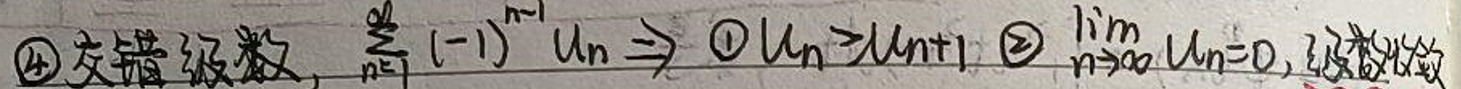
$\textcircled{4}$交错级数$,\sum\limits _{n = 1}^{\infty}(-1)^{n - 1}u_{n}\Rightarrow\textcircled{1}u_{n}>u_{n + 1},\textcircled{2}\lim\limits _{n\rightarrow\infty}u_{n}=0,$级数收敛